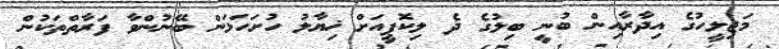
މަޖިލީހުގެ އިދާރާއިން ބުނީ ބިލުގެ ދެ ލިކޮޕީއަށް ޚިޔާލު ހުށަހަޅަން ބޭނުންވާ ފަރާތްތަކުން